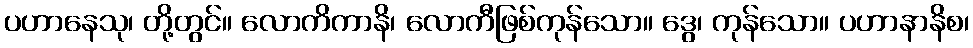
ပဟာနေသု၊ တို့တွင်။ လောကိကာနိ၊ လောကီဖြစ်ကုန်သော။ ဒွေ၊ ကုန်သော။ ပဟာနာနိစ၊